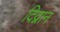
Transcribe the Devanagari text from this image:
दिद्वान